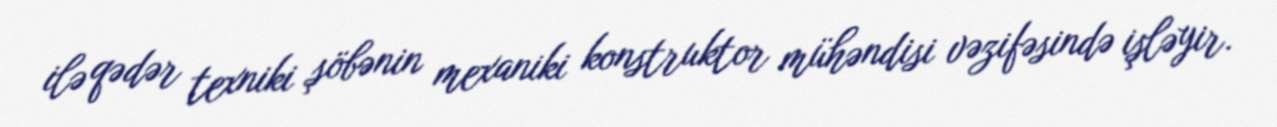
ilə qədər texniki şöbənin mexaniki konstruktor mühəndisi vəzifəsində işləyir.